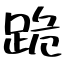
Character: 跪